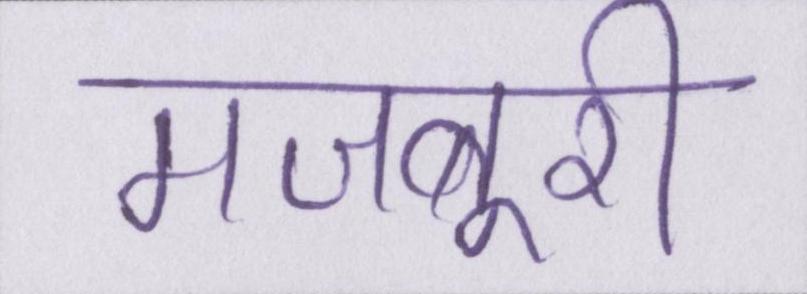
मजबूरी